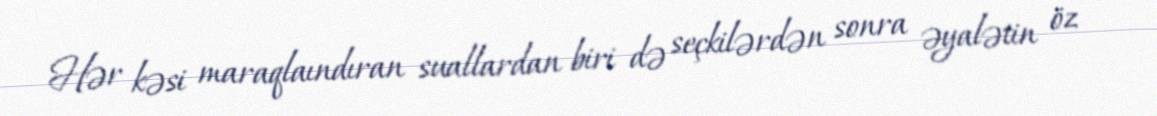
Hər kəsi maraqlaındıran suallardan biri də seçkilərdən sonra əyalətin öz